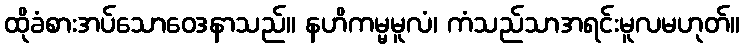
ထိုခံစားအပ်သောဝေဒနာသည်။ နဟိကမ္မမူလံ၊ ကံသည်သာအရင်းမူလမဟုတ်။